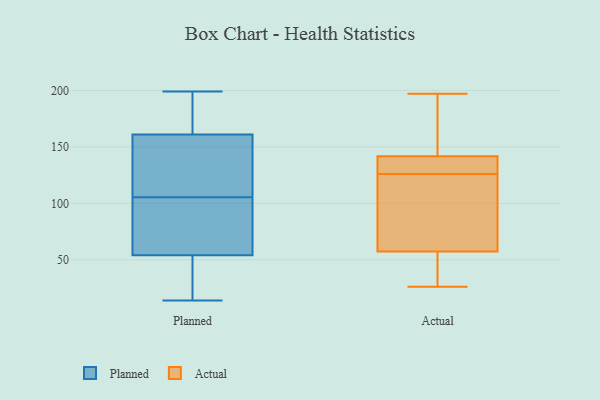
{"axis": {"x": "Customer Acquisition Cost (USD)", "y": "Value"}, "legend": ["Actual", "Planned"], "data": [{"x": "", "y": 84, "type": "Planned"}, {"x": "", "y": 159, "type": "Planned"}, {"x": "", "y": 117, "type": "Planned"}, {"x": "", "y": 14, "type": "Planned"}, {"x": "", "y": 48, "type": "Planned"}, {"x": "", "y": 161, "type": "Planned"}, {"x": "", "y": 165, "type": "Planned"}, {"x": "", "y": 65, "type": "Planned"}, {"x": "", "y": 43, "type": "Planned"}, {"x": "", "y": 52, "type": "Planned"}, {"x": "", "y": 152, "type": "Planned"}, {"x": "", "y": 172, "type": "Planned"}, {"x": "", "y": 54, "type": "Planned"}, {"x": "", "y": 199, "type": "Planned"}, {"x": "", "y": 137, "type": "Planned"}, {"x": "", "y": 94, "type": "Planned"}, {"x": "", "y": 71, "type": "Planned"}, {"x": "", "y": 196, "type": "Planned"}, {"x": "", "y": 132, "type": "Actual"}, {"x": "", "y": 93, "type": "Actual"}, {"x": "", "y": 43, "type": "Actual"}, {"x": "", "y": 138, "type": "Actual"}, {"x": "", "y": 126, "type": "Actual"}, {"x": "", "y": 168, "type": "Actual"}, {"x": "", "y": 186, "type": "Actual"}, {"x": "", "y": 26, "type": "Actual"}, {"x": "", "y": 26, "type": "Actual"}, {"x": "", "y": 153, "type": "Actual"}, {"x": "", "y": 131, "type": "Actual"}, {"x": "", "y": 197, "type": "Actual"}, {"x": "", "y": 71, "type": "Actual"}, {"x": "", "y": 62, "type": "Actual"}, {"x": "", "y": 121, "type": "Actual"}, {"x": "", "y": 26, "type": "Actual"}, {"x": "", "y": 134, "type": "Actual"}]}